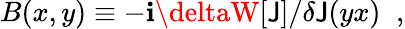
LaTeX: B(x,y)\equiv-\mathbf{i}\deltaW\lbrack\mathsf{J}\rbrack/\delta\mathsf{J}(yx)\; \; ,